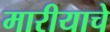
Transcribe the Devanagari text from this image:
मारीयाचे